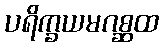
ပရိက္ခယမဂစ္ဆထ